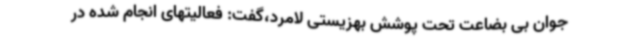
جوان بی بضاعت تحت پوشش بهزیستی لامرد،گفت: فعالیتهای انجام شده در